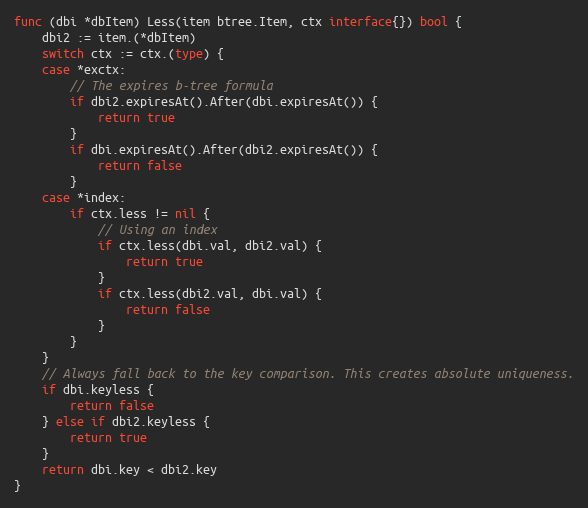
Language: Go
func (dbi *dbItem) Less(item btree.Item, ctx interface{}) bool {
	dbi2 := item.(*dbItem)
	switch ctx := ctx.(type) {
	case *exctx:
		// The expires b-tree formula
		if dbi2.expiresAt().After(dbi.expiresAt()) {
			return true
		}
		if dbi.expiresAt().After(dbi2.expiresAt()) {
			return false
		}
	case *index:
		if ctx.less != nil {
			// Using an index
			if ctx.less(dbi.val, dbi2.val) {
				return true
			}
			if ctx.less(dbi2.val, dbi.val) {
				return false
			}
		}
	}
	// Always fall back to the key comparison. This creates absolute uniqueness.
	if dbi.keyless {
		return false
	} else if dbi2.keyless {
		return true
	}
	return dbi.key < dbi2.key
}